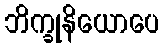
ဘိက္ခုနိယောပေ